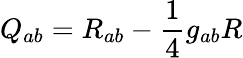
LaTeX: \displaystyle Q_{ab}=R_{ab}-{\frac{1}{4}}g_{ab}R